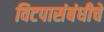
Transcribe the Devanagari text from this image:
विटपासंबंधीचे